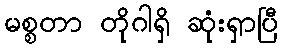
မစ္စတာ တိုဂါရှိ ဆုံးရှာပြီ